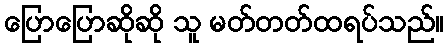
ပြောပြောဆိုဆို သူ မတ်တတ်ထရပ်သည်။